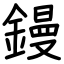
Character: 鏝